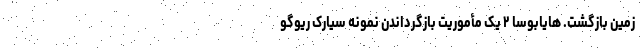
زمین بازگشت. هایابوسا ۲ یک مأموریت بازگرداندن نمونهٔ سیارک ریوگو